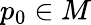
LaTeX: p_{0}\in M